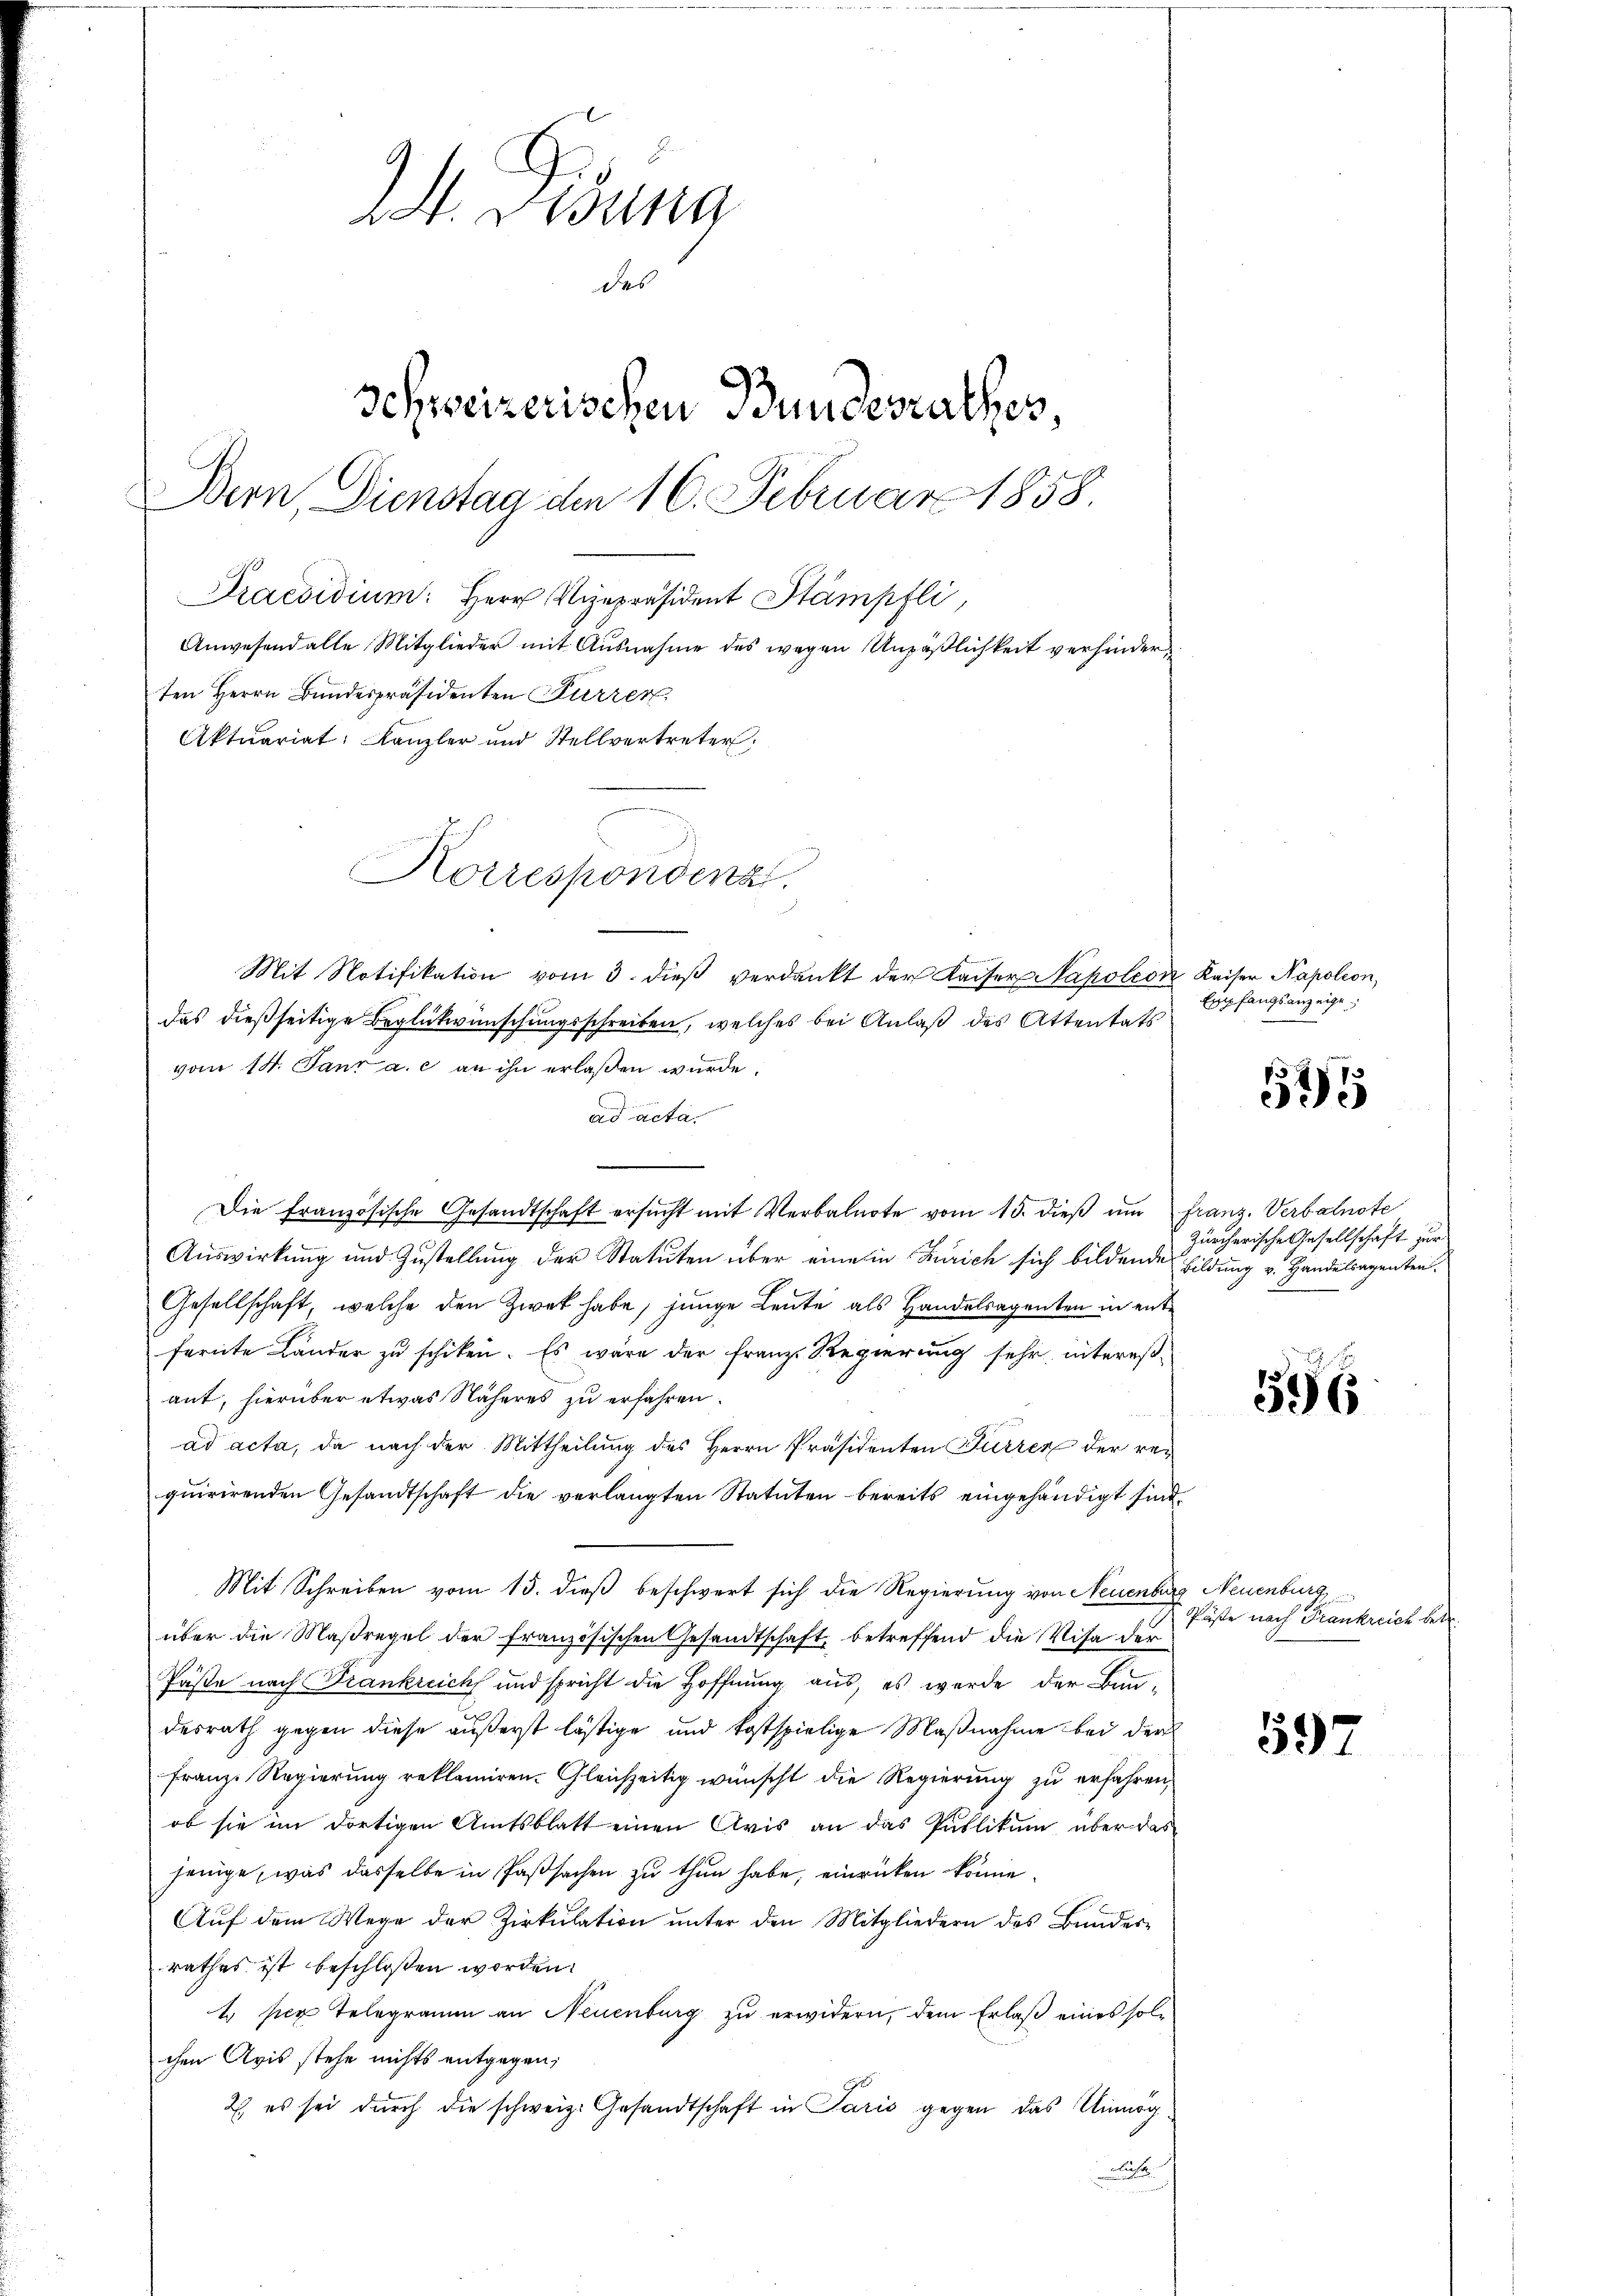
2. Posina
des
Schweizerischen Bundesrathes,
Bern, Dienstag den 16. Februar 1858.
Praesidium. Herr Vizepräsident Stämpfli,
Anwesend alle Mitglieder mit Ausnahme des wegen Unpäßlichkeit verhinderten Herrn Bundespräsidenten Furren,
Aktuariat: Kanzler und Stellvertreter:
Korrespondenz

Mit Notifikation vom 3. dieβ verdankt der Kaiser Napoleon Kaiser Napoleon,
das dießseitige Beglückwünschungsschreiben, welches bei Anlaß des Attentats
vom 14. Jani a. c. an ihn erlaßen wurde.
ad acta.
Die Französische Gesandtschaft ersŭcht mit Verbalnote vom 15. dieβ ŭm franz. Verbalnote
Auswirkung und Zustellung der Statuten über eine in Zürich sich bildende bildung v. Handelsagenten.
Gesellschaft, welche den Zwek habe, junge Leute als Handelsagenten in entfernte Länder zu schiken. Es wäre der Franz Regierung sehr interes-
ant, hierüber etwas Näheres zu erfahren.
ad acta, da nach der Mittheilung des Herrn Präsidenten Furrer der requirirenden Gesandtschaft die verlangten Statuten bereits eingehändigt sind
Mit Schreiben vom 15. dieß beschwert sich die Regierung von Neuenburg Neuenburg,
über die Maßregel der französischen Gesandtschaft, betreffend die Visa der
Päste nach Frankreich und spricht die Hoffnung aus, es werde der Bundesrath gegen diese äußerst lästige und kostspielige Maßnahme bei der
Franze Regierung reklamiren. Gleichzeitig wünscht die Regierung zu erfahren,
ob sie im dortigen Amtsblatt einen Avis an das Publikum über das
jenige, was dasselbe in Passachen zu thun habe, einrücken könne.
Auf dem Wege der Zirkŭlation unter den Mitgliedern des Bundesrathes ist beschloßen worden.
t per Telegramm an Neuenburg zu erwidern, dem Erlaß eines solchen Avis stehe nichts entgegen;
2) es sei durch die schweiz. Gesandtschaft in Paris gegen das Unmög¬
Buch

Empfangsanzeige,

5
5

Zürcherische Gesellschaft zur

596

Päste nach Frankreich betr.

597